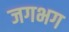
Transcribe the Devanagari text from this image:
जगभग